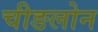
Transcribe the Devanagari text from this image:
चीङलोन